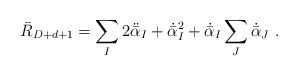
\begin{align*}\bar{R}_{D+d+1} = \sum_I 2\ddot{\bar\alpha}_I + \dot{\bar\alpha}_I^2 + \dot{\bar\alpha}_I \sum_J\dot{\bar\alpha}_J \ .\end{align*}